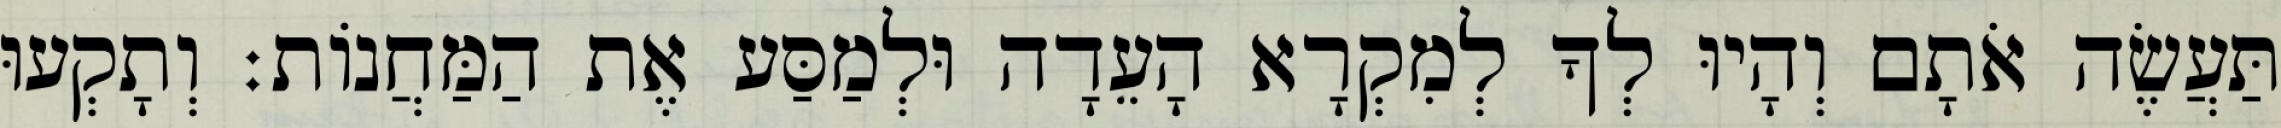
תַּעֲשֶׂה אֹתָם וְהָיוּ לְךָ לְמִקְרָא הָעֵדָה וּלְמַסַּע אֶת הַמַּחֲנוֹת׃ וְתָקְעוּ